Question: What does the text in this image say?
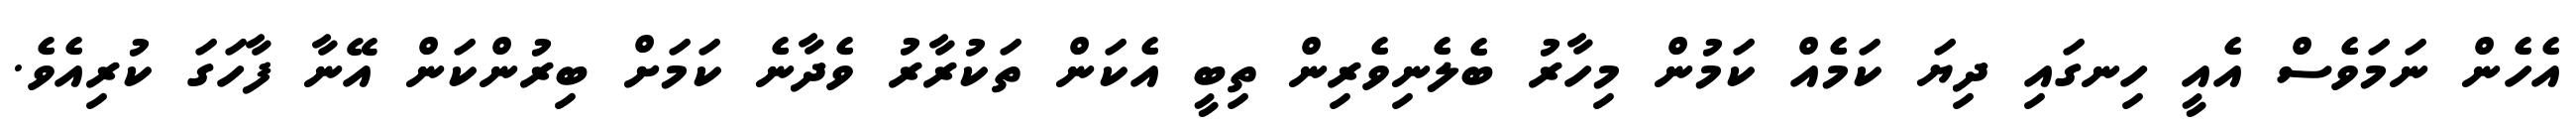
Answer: އެހެން ނަމަވެސް އެއީ ހިނގައި ދިޔަ ކަމެއް ކަމުން މިހާރު ބެލެނިވެރިން ތިބީ އެކަން ތަކުރާރު ވެދާނެ ކަމަށް ބިރުންކަން އޭނާ ފާހަގަ ކުރިއެވެ.